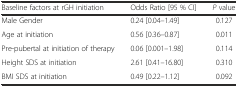
| Baseline factors at rGH initiation | Odds Ratio [95 % CI] | P value |
 | --- | --- | --- |
 | Male Gender | 0.24 [0.04–1.49] | 0.127 |
 | Age at initiation | 0.56 [0.36–0.87] | 0.011 |
 | Pre-pubertal at initiation of therapy | 0.06 [0.001–1.98] | 0.114 |
 | Height SDS at initiation | 2.61 [0.41–16.80] | 0.310 |
 | BMI SDS at initiation | 0.49 [0.22–1.12] | 0.092 |